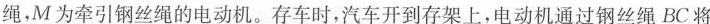
绳，M为牵引钢丝绳的电动机。存车时，汽车开到存架上，电动机通过钢丝绳BC将